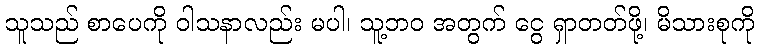
သူသည် စာပေကို ဝါသနာလည်း မပါ၊ သူ့ဘဝ အတွက် ငွေ ရှာတတ်ဖို့၊ မိသားစုကို